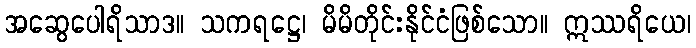
အဆွေပေါရိသာဒ။ သကရဋ္ဌေ၊ မိမိတိုင်းနိုင်ငံဖြစ်သော။ ဣဿရိယေ၊